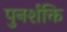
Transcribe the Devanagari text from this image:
पुनर्शक्ति